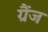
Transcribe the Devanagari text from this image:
ग्रैंज